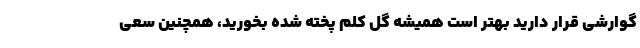
گوارشی قرار دارید بهتر است همیشه گل کلم پخته شده بخورید، همچنین سعی